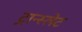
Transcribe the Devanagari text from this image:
ट्रान्स्लेट